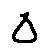
\Delta